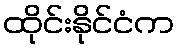
ထိုင်းနိုင်ငံက